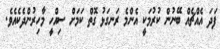
ފަދަ އެއްޗެއް ބޭނުން ކުރުމަކީ އެންމެ ރަނގަޅު ގޮތް ކަމަށް ސިއްހީ މާހިރުންދެކެއެވެ.